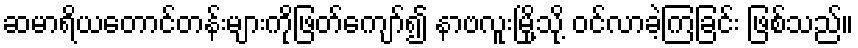
ဆမာရိယတောင်တန်းများကိုဖြတ်ကျော်၍ နာဗလူးမြို့သို့ ဝင်လာခဲ့ကြခြင်း ဖြစ်သည်။